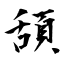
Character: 頢